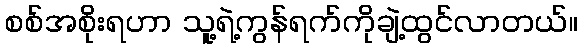
စစ်အစိုးရဟာ သူ့ရဲ့ကွန်ရက်ကိုချဲ့ထွင်လာတယ်။